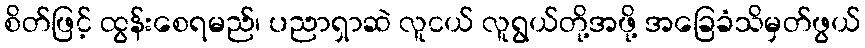
စိတ်ဖြင့် ထွန်းစေရမည်၊ ပညာရှာဆဲ လူငယ် လူရွယ်တို့အဖို့ အခြေခံသိမှတ်ဖွယ်